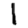
Digit: 1